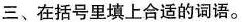
三、在括号里填上合适的词语。